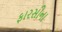
ફારસીના